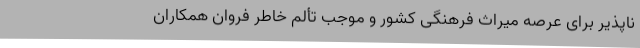
‌ناپذیر برای عرصه میراث فرهنگی کشور و موجب تألم خاطر فروان همکاران